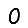
Digit: 0